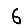
Digit: 6